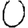
Digit: 0